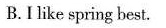
B.I like spring best.